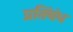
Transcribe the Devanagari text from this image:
प्रतिंबंध